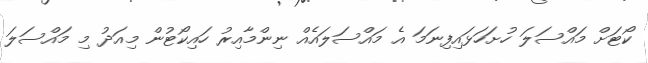
ކޯޓަށް މައްސަލަ ހުށަހަޅައިފިނަަމަ އެ މައްސަލައެއް ނިންމާއިރު ހައިކޯޓުން މިއަދު މި މައްސަލަ